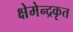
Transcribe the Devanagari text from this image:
क्षेमेन्द्रकृत